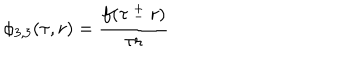
LaTeX: \phi _ { 3 , 3 } ( \tau , r ) = \frac { f ( \tau \ _ { - } ^ { + } \ r ) } { \tau r }